Report of an investigation into the causes of the diseases known in Assam as Kála-Azár and Beri-Beri
Disease focus: Beri-Beri
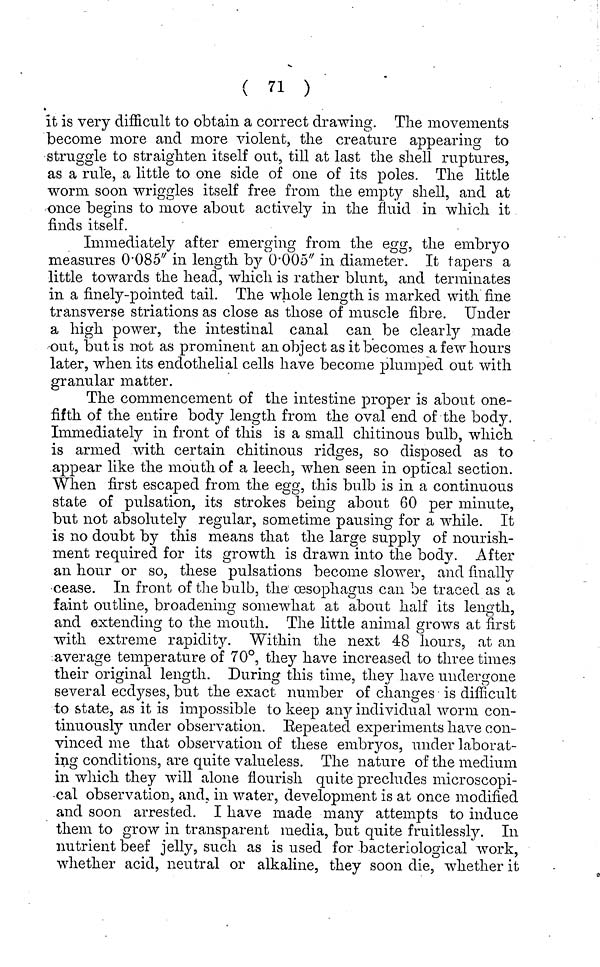
( 71 )
it is very difficult to obtain a correct drawing. The movements
become more and more violent, the creature appearing to
struggle to straighten itself out, till at last the shell ruptures,
as a rule, a little to one side of one of its poles. The little
worm soon wriggles itself free from the empty shell, and at
once begins to move about actively in the fluid in which it
finds itself.
Immediately after emerging from the egg, the embryo
measures 0.085" in length by 0.005" in diameter. It tapers a
little towards the head, which is rather blunt, and terminates
in a finely-pointed tail. The whole length is marked with fine
transverse striations as close as those of muscle fibre. Under
a high power, the intestinal canal can be clearly made
out, but is not as prominent an object as it becomes a few hours
later, when its endothelial cells have become plumped out with
granular matter.
The commencement of the intestine proper is about one-
fifth of the entire body length from the oval end of the body.
Immediately in front of this is a small chitinous bulb, which
is armed with certain chitinous ridges, so disposed as to
appear like the mouth of a leech, when seen in optical section.
When first escaped from the egg, this bulb is in a continuous
state of pulsation, its strokes being about 60 per minute,
but not absolutely regular, sometime pausing for a while. It
is no doubt by this means that the large supply of nourish-
ment required for its growth is drawn into the body. After
an hour or so, these pulsations become slower, and finally
cease. In front of the bulb, the oesophagus can be traced as a
faint outline, broadening somewhat at about half its length,
and extending to the mouth. The little animal grows at first
with extreme rapidity. Within the next 48 hours, at an
average temperature of 70°, they have increased to three times
their original length. During this time, they have undergone
several ecdyses, but the exact number of changes is difficult
to state, as it is impossible to keep any individual worm con-
tinuously under observation. Repeated experiments have con-
vinced me that observation of these embryos, under laborat-
ing conditions, are quite valueless. The nature of the medium
in which they will alone nourish quite precludes microscopi-
cal observation, and, in water, development is at once modified
and soon arrested. I have made many attempts to induce
them to grow in transparent media, but quite fruitlessly. In.
nutrient beef jelly, such as is used for bacteriological work,
whether acid, neutral or alkaline, they soon die, whether it